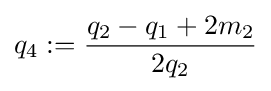
q_{4}:={\frac {q_{2}-q_{1}+2m_{2}}{2q_{2}}}